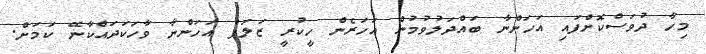
މިހާ ދުވަސްކޮށްފައި އަހަންނާ ބައްދަލުވުމުން އަހަރެން ހީކުރީ ޒަލަފް އަހަންނާ ވާހަކަދައްކާނޭ ކަމަށް.